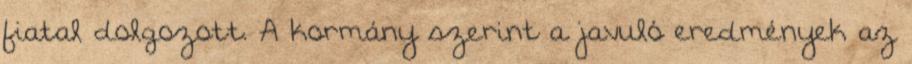
fiatal dolgozott. A kormány szerint a javuló eredmények az